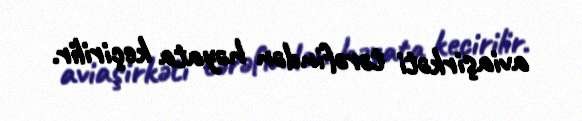
aviaşirkəti tərəfindən həyata keçirilir.